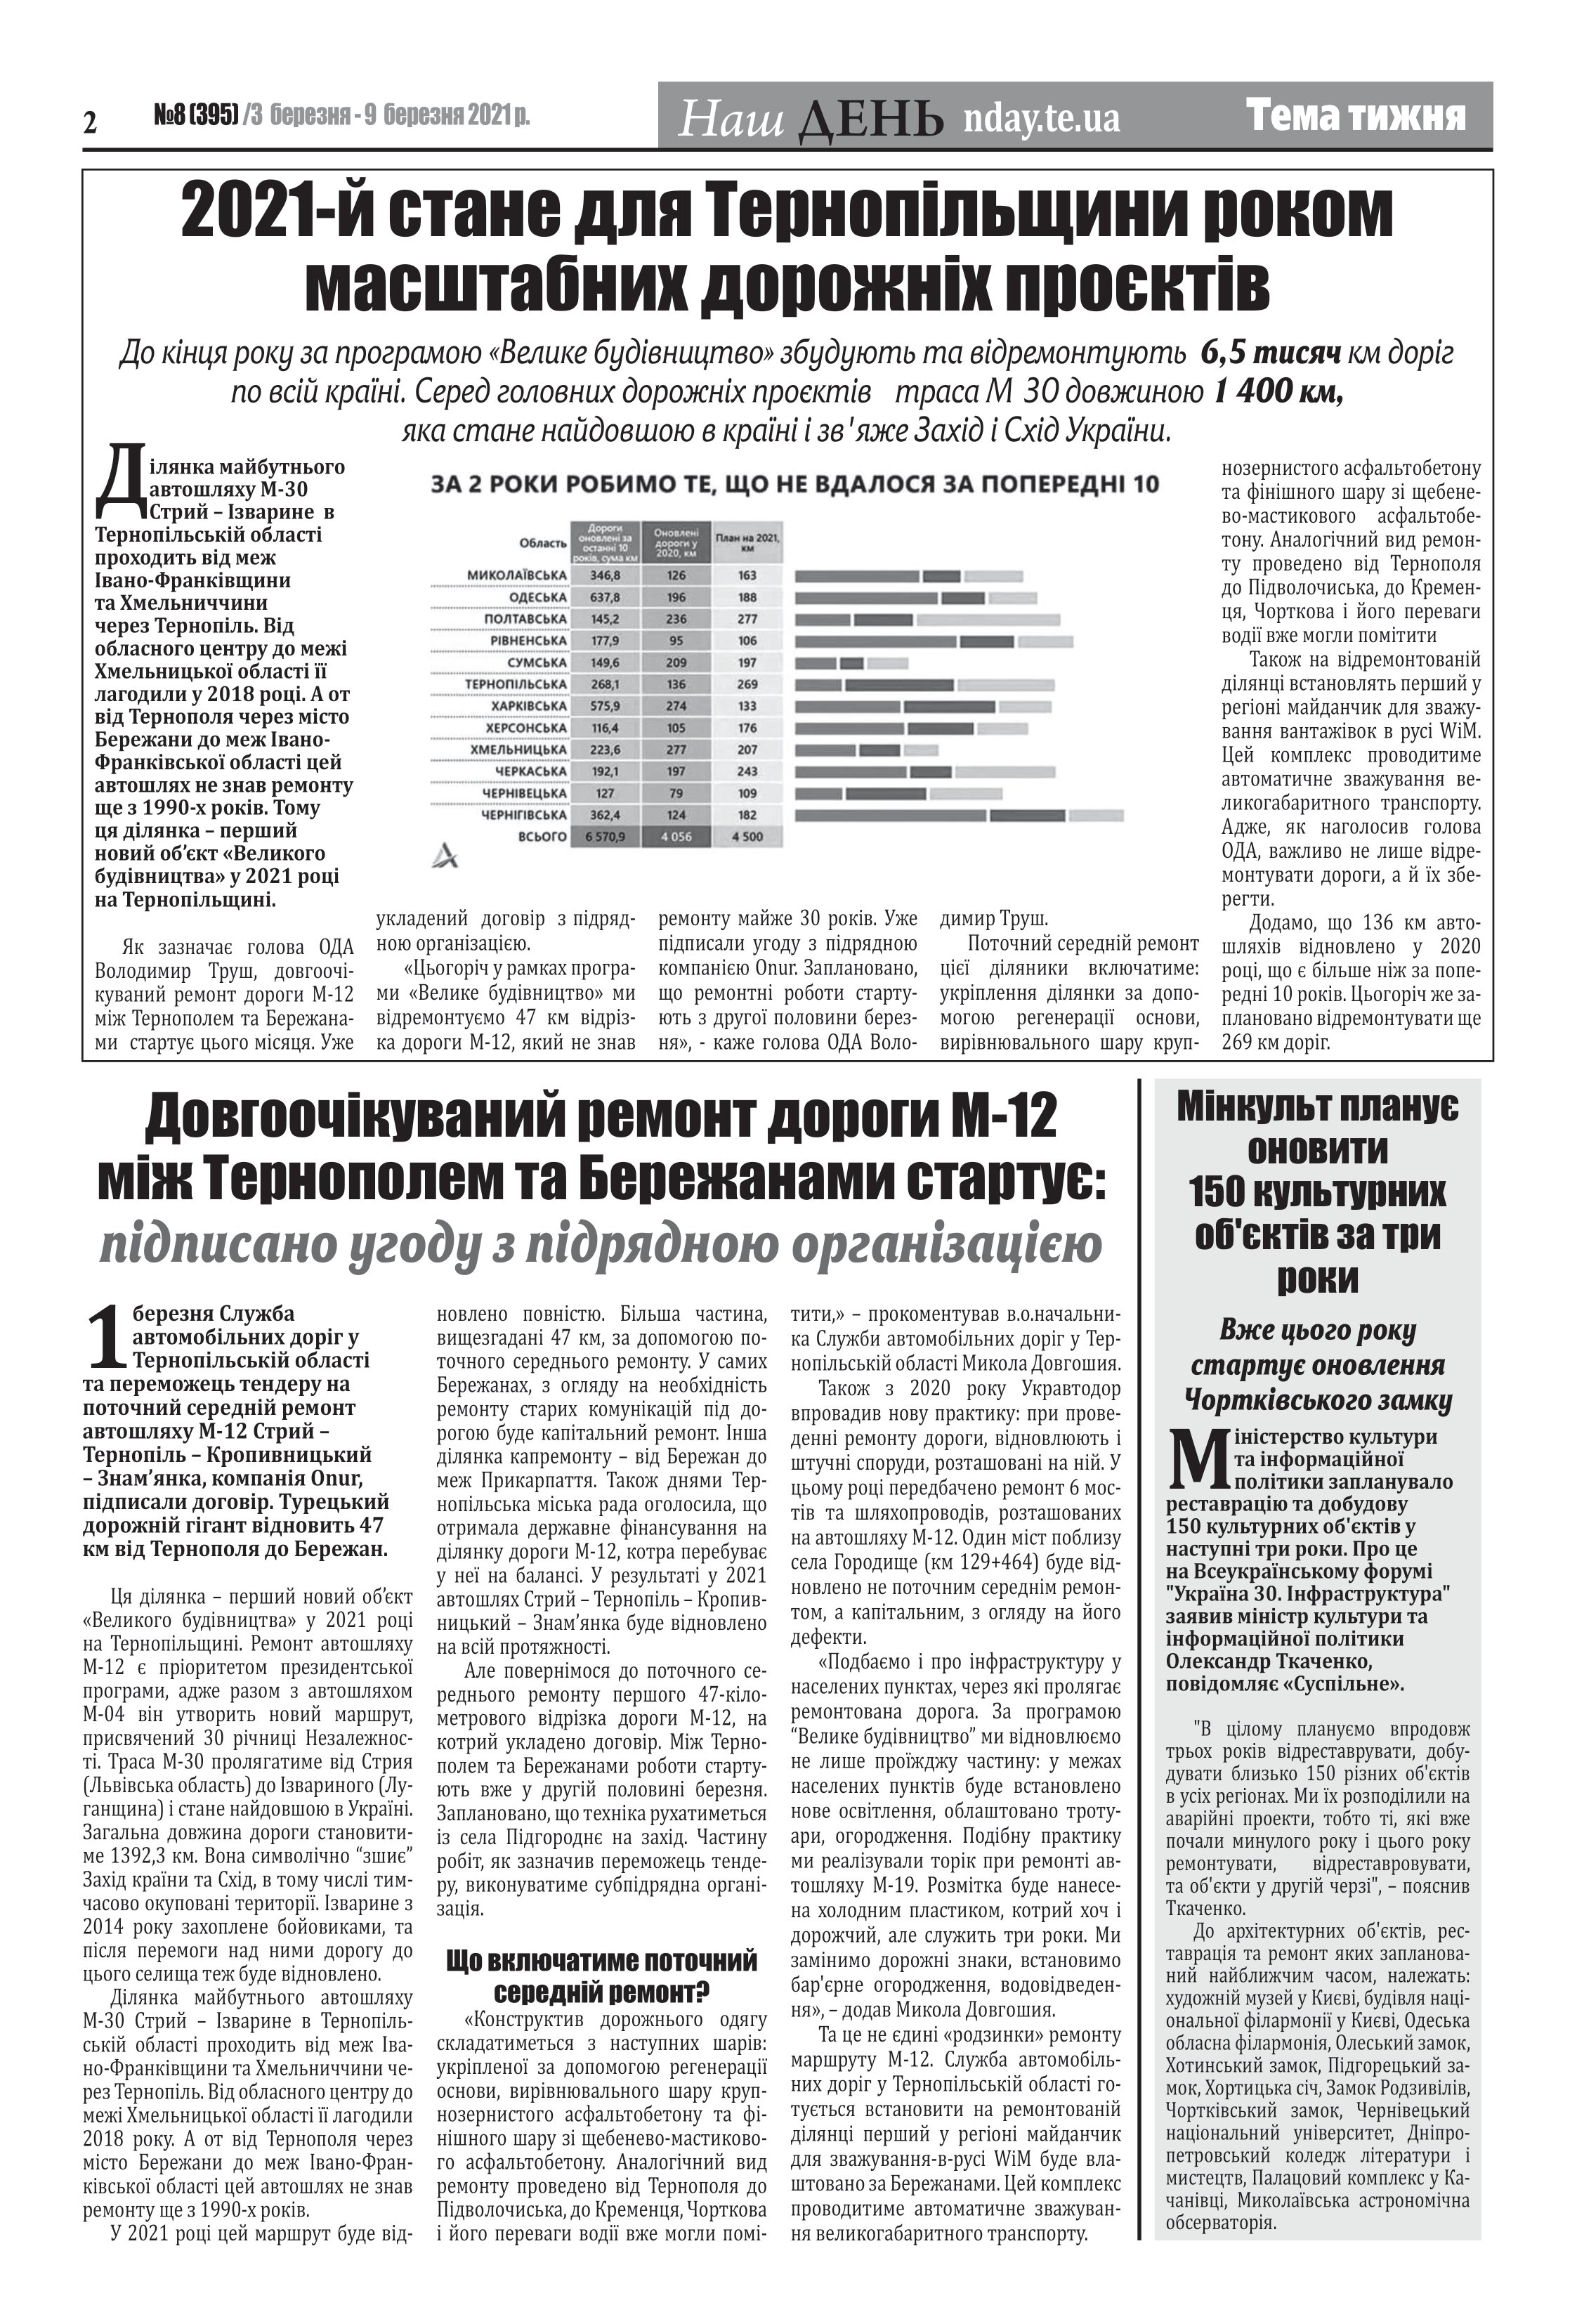
Language: uk